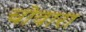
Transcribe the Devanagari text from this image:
चोवारा